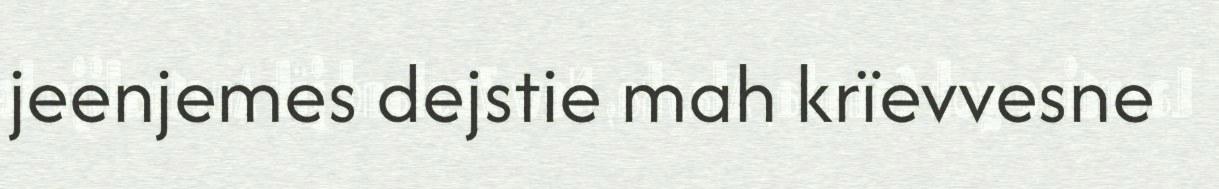
jeenjemes dejstie mah krïevvesne